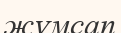
жүмсап